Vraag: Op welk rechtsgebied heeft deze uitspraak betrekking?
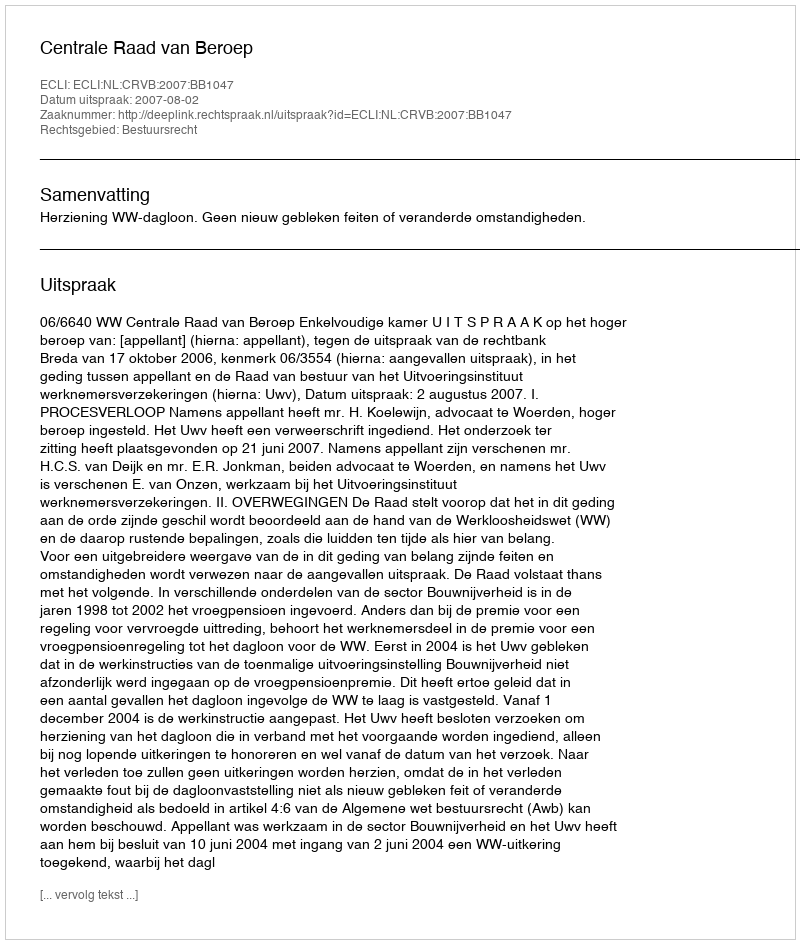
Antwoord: Bestuursrecht